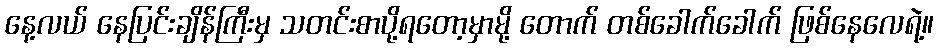
နေ့လယ် နေပြင်းချိန်ကြီးမှ သတင်းစာပို့ရတော့မှာမို့ တောက် တစ်ခေါက်ခေါက် ဖြစ်နေလေရဲ့။